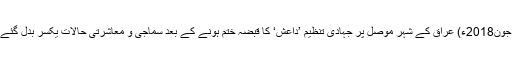
26 جون2018ء) عراق کے شہر موصل پر جہادی تنظیم ’داعش‘ کا قبضہ ختم ہونے کے بعد سماجی و معاشرتی حالات یکسر بدل گئے ہیں۔